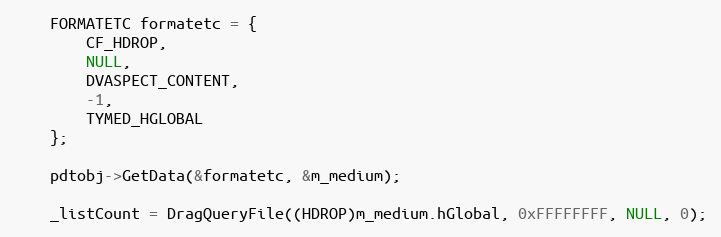
Language: C++
    FORMATETC formatetc = {
        CF_HDROP,
        NULL,
        DVASPECT_CONTENT,
        -1,
        TYMED_HGLOBAL
    };

    pdtobj->GetData(&formatetc, &m_medium);

    _listCount = DragQueryFile((HDROP)m_medium.hGlobal, 0xFFFFFFFF, NULL, 0);